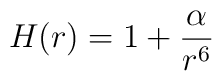
H(r) = 1 + \frac{\alpha}{r^6}